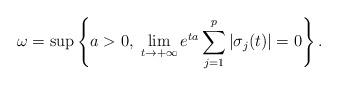
LaTeX: \begin{align*} \omega=\sup\left\{a>0,\; \lim_{t\to +\infty} e^{ta}\sum_{j=1}^p|\sigma_j(t)|=0\right\}.\end{align*}